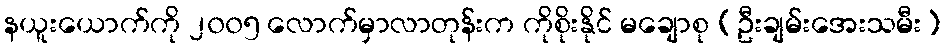
နယူးယောက်ကို ၂၀၀၅ လောက်မှာလာတုန်းက ကိုစိုးနိုင် မချောစု (ဦးချမ်းအေးသမီး)